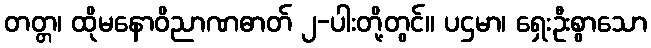
တတ္တ၊ ထိုမနောဝိညာဏဓာတ် ၂-ပါးတို့တွင်။ ပဌမာ၊ ရှေးဦးစွာသော